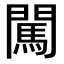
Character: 闖